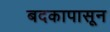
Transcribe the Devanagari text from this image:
बदकापासून